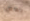
بعض